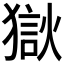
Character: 𰡤